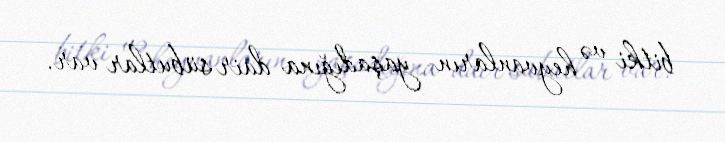
bitki və heyvanların yaşadığına dair sübutlar var.